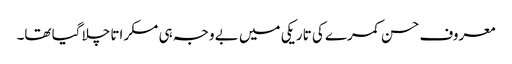
معروف حسن کمرے کی تاریکی میں بے وجہ ہی مسکراتا چلا گیا تھا۔